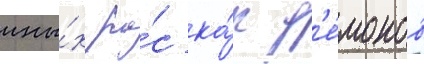
ины́х ра́с ка́к д'е́монов